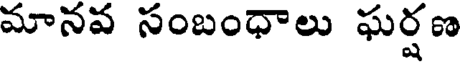
మానవ సంబంధాలు ఘర్షణ